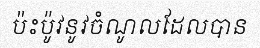
ប៉ះប៉ូវនូវចំណូលដែលបាន